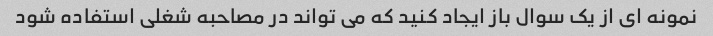
نمونه ای از یک سوال باز ایجاد کنید که می تواند در مصاحبه شغلی استفاده شود